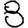
Digit: 8